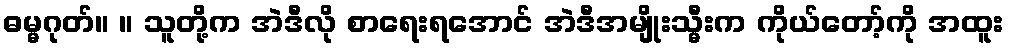
ဓမ္မဂုတ်။ ။ သူတို့က အဲဒီလို စာရေးရအောင် အဲဒီအမျိုးသ္မီးက ကိုယ်တော့်ကို အထူး